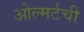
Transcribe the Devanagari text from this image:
ओल्मर्टची